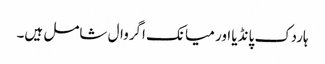
ہاردک پانڈیا اور میانک اگروال شامل ہیں۔